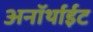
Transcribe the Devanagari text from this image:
अनॉर्थाईट